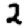
Digit: 2